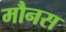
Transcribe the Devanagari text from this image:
मौनस